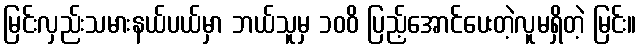
မြင်းလှည်းသမားနယ်ပယ်မှာ ဘယ်သူမှ ၁၀၀ိ ပြည့်အောင်ပေးတဲ့လူမရှိတဲ့ မြင်း။